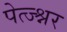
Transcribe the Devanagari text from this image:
पेत्ज्श्नर